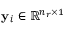
\mathbf { y } _ { i } \in \mathbb { R } ^ { n _ { r } \times 1 }